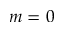
m = 0